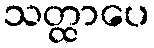
သတ္ထာပေ